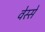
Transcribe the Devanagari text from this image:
वेस्से